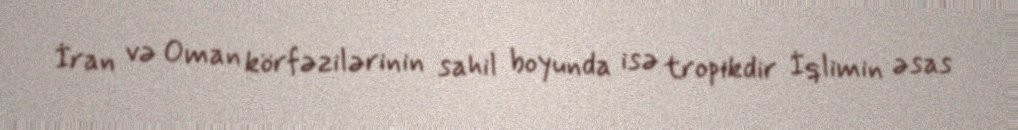
İran və Oman körfəzilərinin sahil boyunda isə tropikdir İqlimin əsas